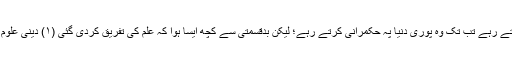
بعد کے زمانے میں مسلمان جب تک تعلیم کی اہمیت کو سمجھتے رہے تب تک وہ پوری دنیا پہ حکمرانی کرتے رہے؛ لیکن بدقسمتی سے کچھ ایسا ہوا کہ علم کی تفریق کردی گئی (۱) دینی علوم (۲) دنیاوی علوم – جو کہ بے بنیاد اور لغو تقسیم تھی اور ہے۔